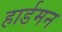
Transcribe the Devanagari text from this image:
हार्डमन